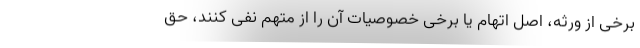
برخی از ورثه، اصل اتهام یا برخی خصوصیات آن را از متهم نفی کنند، حق